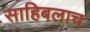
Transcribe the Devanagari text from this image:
साहिबलाच